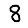
Digit: 8